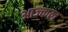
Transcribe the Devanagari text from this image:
आज्कल